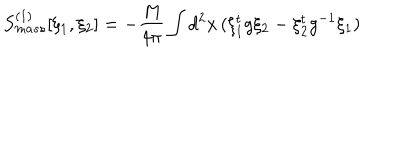
S _ { m a s s } ^ { ( 1 ) } [ \xi _ { 1 } , \xi _ { 2 } ] = - \frac { M } { 4 \pi } \int d ^ { 2 } x \, ( \xi _ { 1 } ^ { t } g \xi _ { 2 } - \xi _ { 2 } ^ { t } g ^ { - 1 } \xi _ { 1 } )